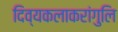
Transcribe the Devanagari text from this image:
दिव्यकलाकरांगुलि